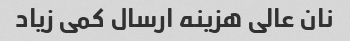
نان عالی هزینه ارسال کمی زیاد